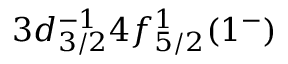
3 d _ { 3 / 2 } ^ { - 1 } 4 f _ { 5 / 2 } ^ { 1 } ( 1 ^ { - } )